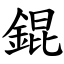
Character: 錕